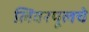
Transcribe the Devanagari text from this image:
लिवरपूलचे